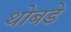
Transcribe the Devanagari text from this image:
थोबडे